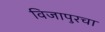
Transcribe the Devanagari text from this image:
विजापुरचा